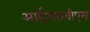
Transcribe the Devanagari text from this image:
आईआरबीएम